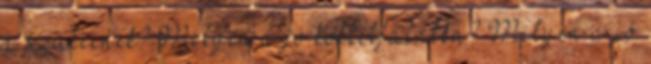
a szüleinek? Milyen a jó koktélfalatka? Milyen a jó